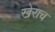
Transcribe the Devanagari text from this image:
खेराच